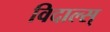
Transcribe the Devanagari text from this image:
विदाल्स्